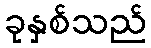
ခုနှစ်သည်